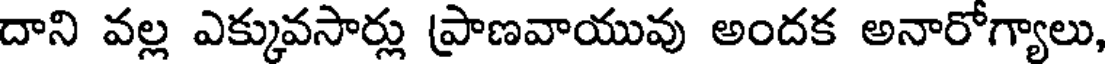
దాని వల్ల ఎక్కువసార్లు ప్రాణవాయువు అందక అనారోగ్యాలు,